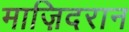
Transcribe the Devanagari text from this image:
माज़िदरान